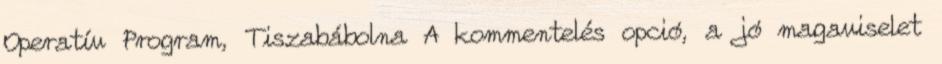
Operatív Program, Tiszabábolna A kommentelés opció, a jó magaviselet